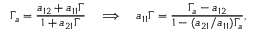
\Gamma _ { a } = \frac { a _ { 1 2 } + a _ { 1 1 } \Gamma } { 1 + a _ { 2 1 } \Gamma } \quad \Longrightarrow \quad a _ { 1 1 } \Gamma = \frac { \Gamma _ { a } - a _ { 1 2 } } { 1 - ( a _ { 2 1 } / a _ { 1 1 } ) \Gamma _ { a } } ,